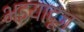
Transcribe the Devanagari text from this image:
भइयादूज